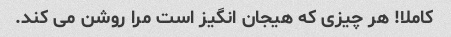
کاملا! هر چیزی که هیجان انگیز است مرا روشن می کند.